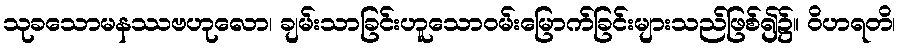
သုခသောမနဿဗဟုလော၊ ချမ်းသာခြင်းဟူသောဝမ်းမြောက်ခြင်းများသည်ဖြစ်၍၌။ ဝိဟရတိ၊